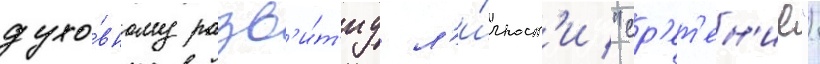
духо́вному разв'и́т'иу л'и́чност'и "ср'ет'ен'ие")